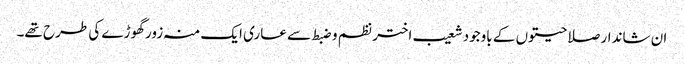
ان شاندار صلاحیتوں کے باوجود شعیب اختر نظم و ضبط سے عاری ایک منہ زور گھوڑے کی طرح تھے۔